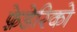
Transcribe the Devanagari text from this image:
फ़े़डेरिको